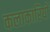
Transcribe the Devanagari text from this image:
कलाकारियों